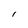
Character: l